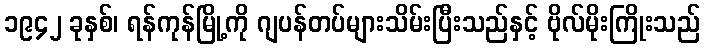
၁၉၄၂ ခုနှစ်၊ ရန်ကုန်မြို့ကို ဂျပန်တပ်များသိမ်းပြီးသည်နှင့် ဗိုလ်မိုးကြိုးသည်